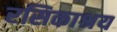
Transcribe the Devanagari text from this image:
रसिकाश्रय